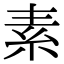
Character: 素